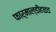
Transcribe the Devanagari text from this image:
फार्माल्डीहाइड